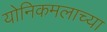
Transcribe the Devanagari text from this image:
योनिकमलाच्या